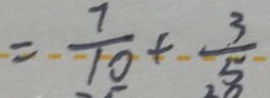
= \frac { 7 } { 1 0 } + \frac { 3 } { 5 }